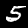
Digit: 5